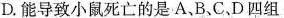
D.能导致小鼠死亡的是A、B、C、D四组